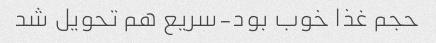
حجم غذا خوب بود-سریع هم تحویل شد